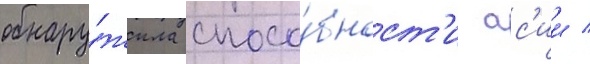
обнару́жила спосо́бност'и ас'ии /